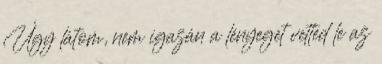
Úgy látom, nem igazán a lényeget vetted le az